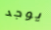
يوجد